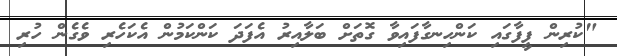
"ކުރިން ފީފާގައި ކަންހިނގާފައިވާ ގޮތަށް ބަލާއިރު އެފަދަ ކަންކަމުން އެކަހެރި ވެގެން ހުރި